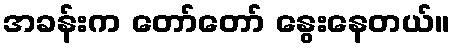
အခန်းက တော်တော် နွေးနေတယ်။